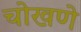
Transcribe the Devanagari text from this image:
चोखणे